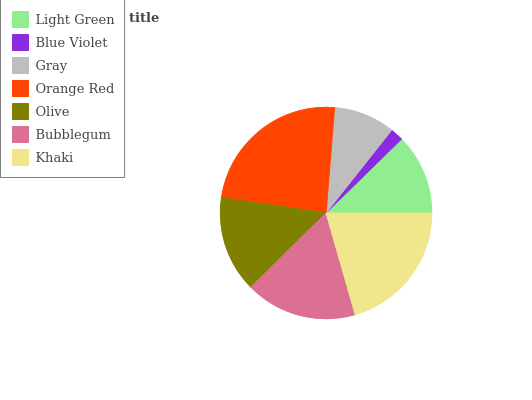
| Light Green | Blue Violet | Gray | Orange Red | Olive | Bubblegum | Khaki |
 | --- | --- | --- | --- | --- | --- | --- |
 | 12.4% | 2.01% | 9.39% | 23.9% | 14.7% | 17.1% | 20.6% |